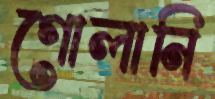
গোলানি